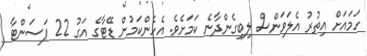
ހަމައަށް އިތުރު އެލަވަންސް ލިބިގެންދާނެ ކަމަށެވެ. އެހެންކަމުން ޑޭޓާގެ އަގު 22 ޕަސަންޓާ